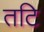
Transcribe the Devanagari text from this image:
तटि